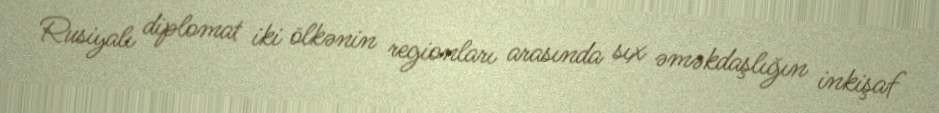
Rusiyalı diplomat iki ölkənin regionları arasında sıx əməkdaşlığın inkişaf